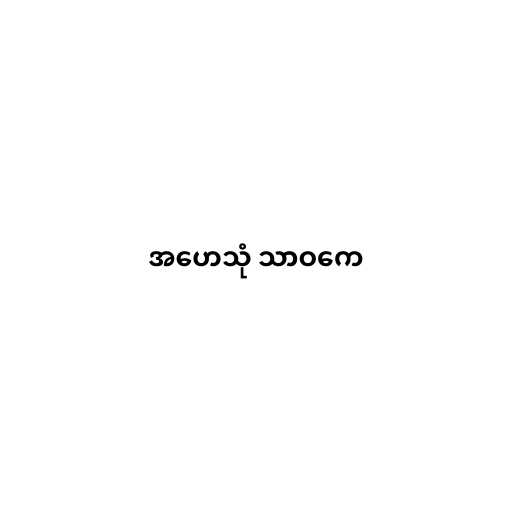
အဟေသုံ သာဝကေ